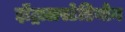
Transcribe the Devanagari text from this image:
झेंट्रालस्टेडियोन